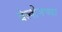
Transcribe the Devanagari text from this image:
बेल्शेनच्या